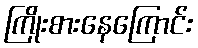
ကြိုးစားနေကြောင်း